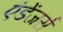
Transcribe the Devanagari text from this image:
एंडेंजर्स